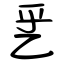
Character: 乯